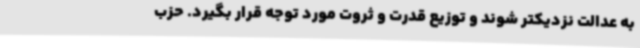
به عدالت نزدیکتر شوند و توزیع قدرت و ثروت مورد توجه قرار بگیرد. حزب